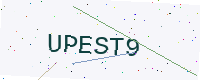
Text: UPEST9